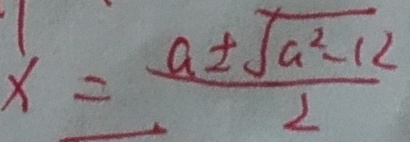
x = \frac { a \pm \sqrt { a ^ { 2 } - 1 2 } } { 2 }